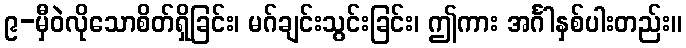
၉-မှီဝဲလိုသောစိတ်ရှိခြင်း၊ မဂ်ချင်းသွင်းခြင်း၊ ဤကား အင်္ဂါနှစ်ပါးတည်း။